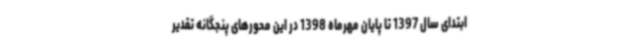
ابتدای سال 1397 تا پایان مهرماه 1398 در این محورهای پنجگانه تقدیر